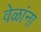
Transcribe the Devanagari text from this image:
वेळांना